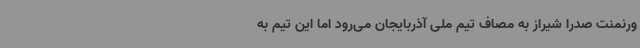
ورنمنت صدرا شیراز به مصاف تیم ملی آذربایجان می‌رود اما این تیم به